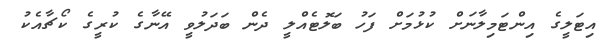
އިޓަލީގެ އިންޓަމިލާނަށް ކުޅުމަށް ފަހު ބަލޮޓެއްލީ ދެން ބަދަލުވީ އޭނާގެ ކުރީގެ ކޯޗާއެކު